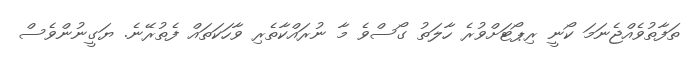
ތަފާތުވެއްޖެނަމަ ކޯނީ ރިޕޯޓަށްވުރެ ހާލަތު ގޯސްވެ މާ ނުރައްކާތެރި ވާހަކަތައް ފެތުރޭނެ. ޔަގީނުންވެސް